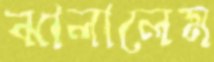
ঝালালেম